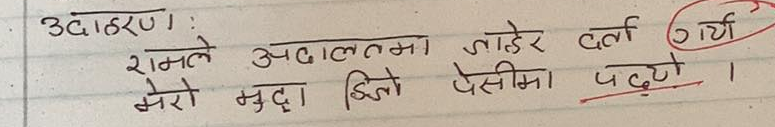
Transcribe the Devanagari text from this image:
उदाहरण:
रामले अदालतमा जाहेर दर्ता गर्यो।
मेरो मुद्दा झिटो पेसीमा पढ्‌यो।